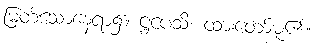
မြတ်သောနေရာ၌။ ဋ္ဌပေသိ၊ ထားတော်မူ၏။